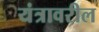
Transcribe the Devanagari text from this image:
यंत्रावरील